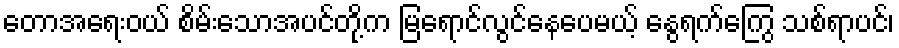
တောအရေးဝယ် စိမ်းသောအပင်တို့က မြရောင်လွင်နေပေမယ့် နွေရက်ကြွေ သစ်ရာပင်၊